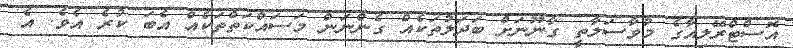
އޮސްޓްރޭލިއާގެ މުވާސަލާތީ ގާނޫނަށް ބަދަލުތަކެއް ގެންނަން މަސައްކަތްތަކެއް އެބަ ކުރެ އެވެ. އެ